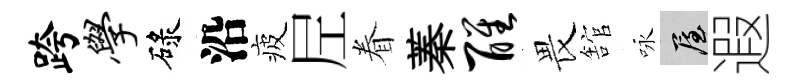
跨学碌沿疲𡰱眷蓁醒畏舘咏屋遐